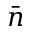
\bar { n }